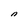
Character: n